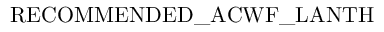
\mathrm { R E C O M M E N D E D \_ A C W F \_ L A N T H }